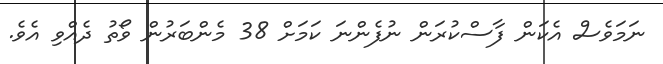
ނަމަވެސް އެކަން ފާސްކުރަން ނުފެންނަ ކަމަށް 38 މެންބަރުން ވޯތު ދެއްވި އެވެ.